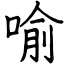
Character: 喻